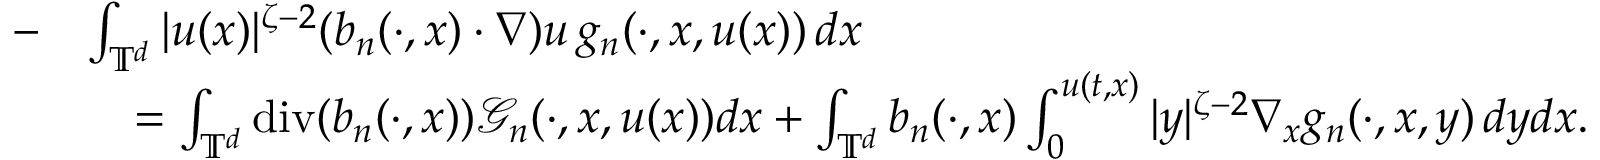
\begin{array} { r l } { - } & { \int _ { { \mathbb T } ^ { d } } | u ( x ) | ^ { \zeta - 2 } ( b _ { n } ( \cdot , x ) \cdot \nabla ) u \, g _ { n } ( \cdot , x , u ( x ) ) \, d x } \\ & { \quad = \int _ { { \mathbb T } ^ { d } } \normalfont { \mathrm { d i v } } ( b _ { n } ( \cdot , x ) ) \mathcal { G } _ { n } ( \cdot , x , u ( x ) ) d x + \int _ { { \mathbb T } ^ { d } } b _ { n } ( \cdot , x ) \int _ { 0 } ^ { u ( t , x ) } | y | ^ { \zeta - 2 } \nabla _ { x } g _ { n } ( \cdot , x , y ) \, d y d x . } \end{array}